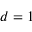
d = 1